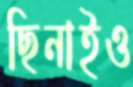
ছিনাইও